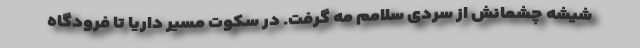
شیشه چشمانش از سردی سلامم مِه گرفت. در سکوتِ مسیر داریا تا فرودگاه